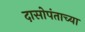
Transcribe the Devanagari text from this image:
दासोपंताच्या